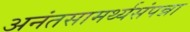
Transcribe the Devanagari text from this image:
अनंतसामर्थ्यसंपन्ना